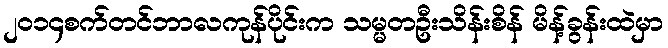
၂၀၁၄စက်တင်ဘာလကုန်ပိုင်းက သမ္မတဦးသိန်းစိန် မိန့်ခွန်းထဲမှာ